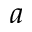
a